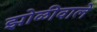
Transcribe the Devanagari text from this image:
झोळीवाले